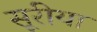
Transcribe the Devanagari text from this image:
सूरीया